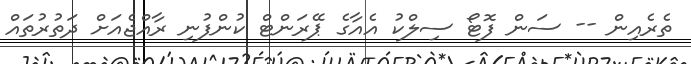
ތެރެއިން -- ސަން ފޮޓޯ ސިލްކު އެއާގެ ޕޭރަންޓް ކުންފުނި ރާއްޖެއަށް ދަތުރުތައް